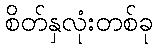
စိတ်နှလုံးတစ်ခု